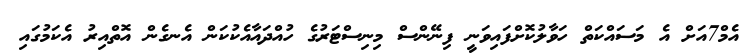
އެމް7އަށް އެ މަސައްކަތް ހަވާލުކޮށްފައިވަނީ ފިނޭންސް މިނިސްޓަރުގެ ހުއްދައާއެކުކަން އެނގެން އޮތްއިރު އެކަމުގައި